Annual administration report of the Civil Veterinary Department of India - 1894-1895
Year: 1894
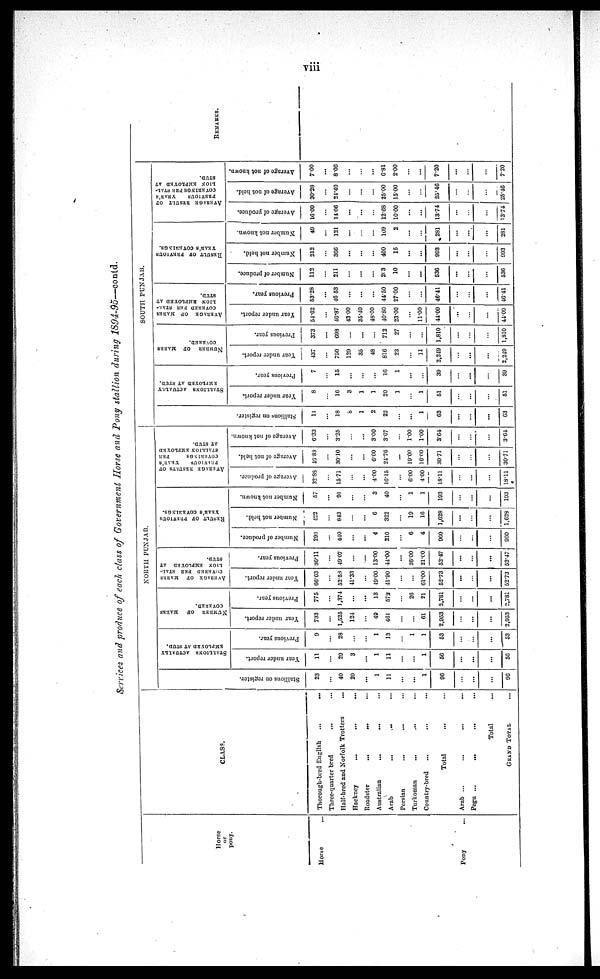
viii
Services and produce of each class of Government Horse and Pony stallion during 1894-95—contd.
Horse
or
pony.
Horse …
Pony …
CLASS.
Thorough-bred English ... ...
Three-quarter bred ... ...
Half-bred and Norfolk Trotters ...
Hackney
...
...
...
Roadster
...
...
...
Australian
...
...
…
Arab
...
... ...
Persian ... ... …
Turkoman ... ... …
Country-bred ... ... …
Total ... ...
Arab ... ... ... ...
Pegu ...
... ... ...
Total …
GRAND TOTAL …
NORTH PUNJAB.
STALLIONS ON REGISTER.
23
...
40
20
...
1
11
...
...
1
96
...
...
...
96
STALLIONS ACTUALLY
EMPLOYED AT STUD.
Year under report.
11
...
20
3
...
1
11
...
...
1
53
...
...
...
53
Previous year.
9
...
28
...
...
1
13
...
1
1
53
...
...
...
53
NUMBER OF MARES COVERED.
Year under report.
733
...
1,525
124
...
40
461
...
...
61
2,953
...
...
...
2,953
Previous year.
775
...
1,374
...
...
13
572
...
26
21
2,781
...
...
...
2,781
AVERAGE
OF
MARES
COVERED PER STAL-
LION
EMPLOYED AT
STUD.
Year under report.
66.63
...
52.53
41.33
...
49.00
41.90
...
...
61.00
52.73
...
...
...
52.73
Previous year.
86.11
...
40.07
...
...
13.00
44.00
...
26.00
21.00
52.47
...
...
...
52.47
RESULT OF PREVIOUS
YEAR'S COVERINGS
Number of produce.
203
...
4.10
...
...
4
210
...
6
4
960
...
...
...
960
Number not held.
122
...
843
...
...
6
322
...
10
16
1,628
...
...
...
1,628
Number not known.
57
...
91
...
...
3
40
...
1
1
193
...
...
...
193
AVERAGE RESULTS OF
PREVIOUS YEAR'S
COVERINGS
PER
STALLION EMPLOYED
AT STUD.
Average of produce.
32.88
...
15.71
...
...
4.00
16.15
...
6.00
4.00
18.11
...
...
...
18.11
Average of not held.
19.88
...
30.10
...
...
6.00
24.76
...
19.00
10.00
3071
...
...
...
30.71
Average of not known.
6.33
...
3.25
...
...
3.00
3.07
...
1.00
1.00
3.64
...
...
...
3.64
SOUTH
PUNJAB
Stallions on register.
11
...
18
8
1
2
22
...
...
1
63
...
...
...
63
STALLIONS ACTUALLY
EMPLOYED AT STUD.
Year under report.
8
...
16
3
1
1
20
1
...
1
51
...
...
...
51
Previous year.
7
...
15
...
...
...
10
1
...
...
39
...
...
...
39
NUMBER
OF
MARES
COVERED.
Year under report.
437
...
750
129
35
48
816
23
...
11
2,249
...
...
...
2,249
Previous year.
373
...
698
...
...
712
27
...
...
1,810
...
...
...
1,810
AVERAGE
OF
MARES
COVERED PER STAL-
LION EMPLOYED AT
STUD.
Year under report.
54.02
...
46.87
43 00
35.40
48.00
40.80
23.00
...
11.00
44.09
...
...
...
44.09
Previous year.
53.28
...
46.53
...
...
...
44.50
27.00
...
...
46.41
...
...
...
46.41
RESULT OF PREVIOUS
YEAR'S COVERINGS.
Number of produce.
112
...
211
...
...
...
203
10
...
...
536
...
...
...
536
Number not held.
212
...
366
...
...
...
400
15
...
...
993
...
...
...
993
Number not known.
49
...
121
...
...
...
109
2
...
...
281
...
...
...
281
AVERAGE RESULT OF
PREVIOUS
YEAR'S
COVERINGS PER STAL-
LION EMPLOYED AT
STUD.
Average of produce.
16.00
...
1406
...
...
...
12.68
10.00
...
...
13.74
...
...
...
13.74
Average of not held.
30.28
...
21.40
...
...
...
25.00
15.00
...
...
25.46
...
...
...
25.46
Average of not known.
7.00
...
8.00
...
...
...
6.81
2.00
...
...
7.20
...
...
...
7.20
REMARKS.